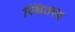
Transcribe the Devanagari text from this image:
स्थितस्य